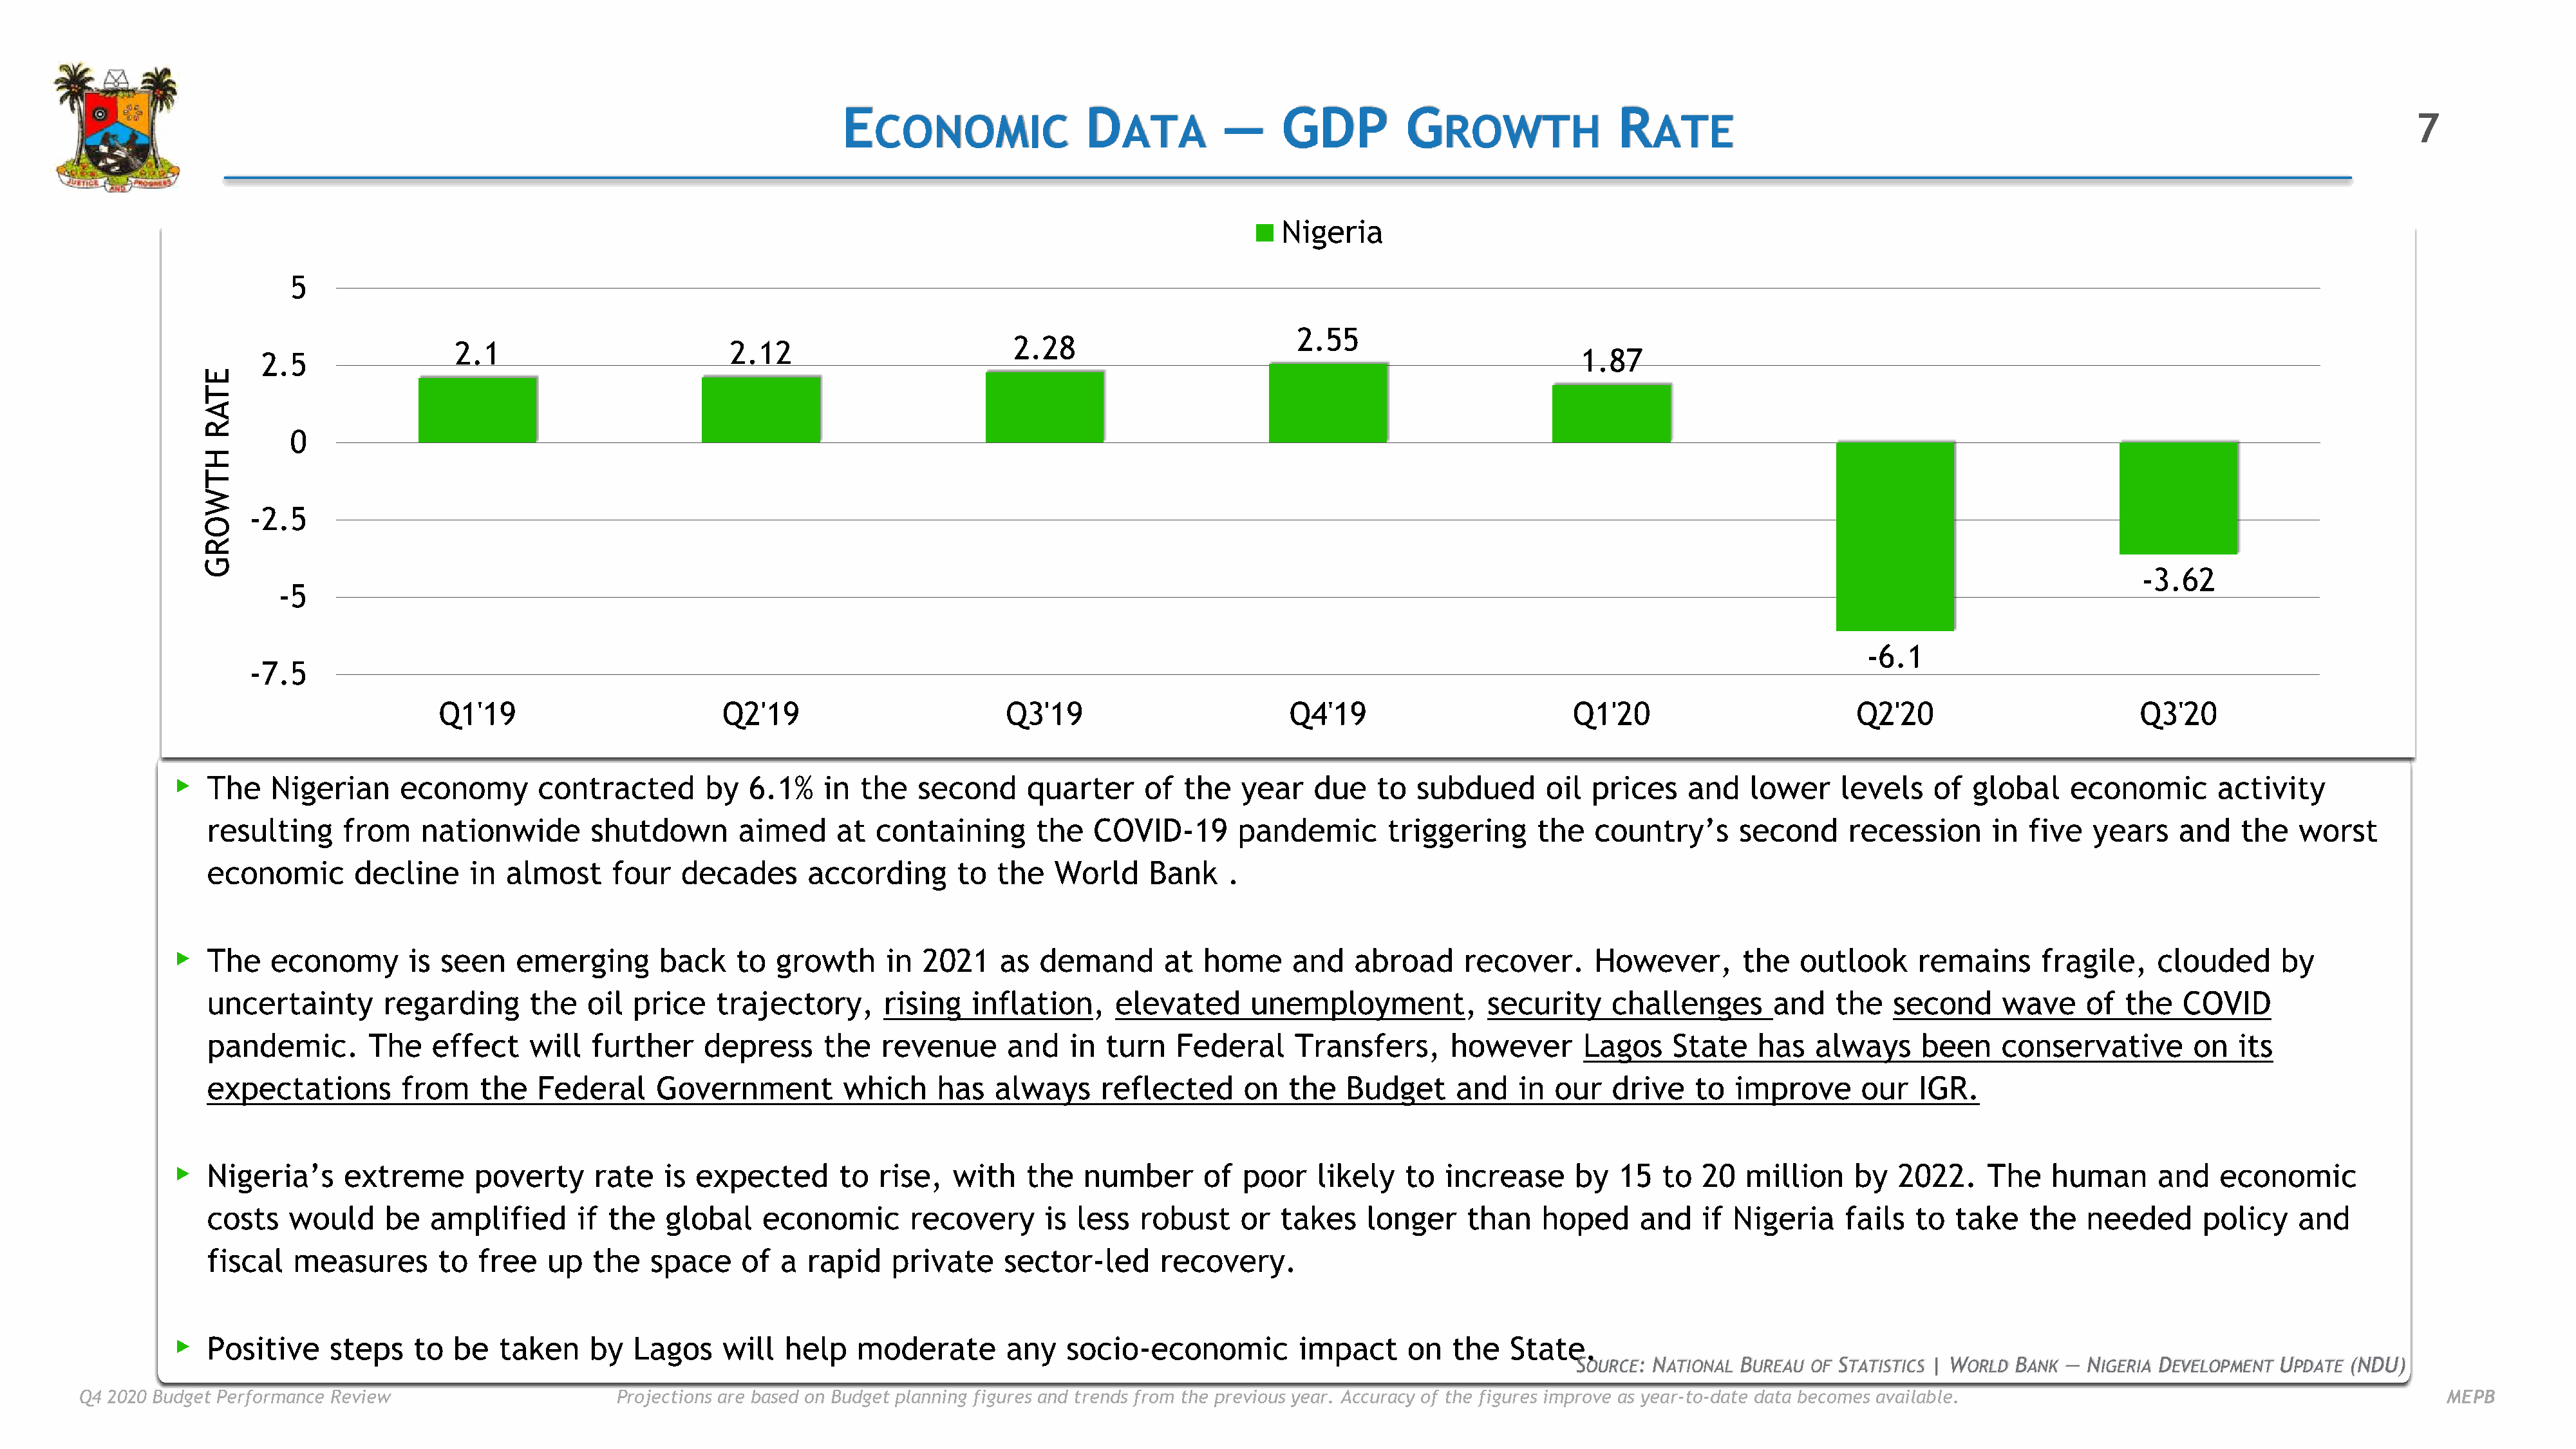
E                        D             —     GDP         G                     R
 CONOMIC                  ATA                              ROWTH                 ATE                                                                           7
 Nigeria
 5
 2.55
 2.28
 2.1                         2.12
 2.5                                                                                                                                    1.87
 E
 T
 A
 R
 0
 H
 T
 W
 -2.5
 O
 R
 G
 -3.62
 -5
 -6.1
 -7.5
 Q1'19                        Q2'19                        Q3'19                         Q4'19                        Q1'20                        Q2'20                        Q3'20
 ▸
 The    Nigerian     economy       contracted       by   6.1%    in the   second      quarter     of  the   year   due    to  subdued      oil  prices    and   lower    levels    of  global    economic       activity
 resulting     from    nationwide        shutdown       aimed     at  containing      the   COVID-19       pandemic        triggering     the   country’s      second     recession      in  five  years    and   the   worst
 economic       decline     in  almost     four   decades      according      to  the   World     Bank    .
 ▸
 The    economy       is seen    emerging       back    to  growth     in  2021    as  demand       at  home     and   abroad     recover.      However,       the   outlook     remains      fragile,    clouded     by
 uncertainty       regarding      the   oil  price    trajectory,      rising   inflation,     elevated      unemployment,           security     challenges      and    the   second     wave    of  the   COVID
 pandemic.        The   effect    will   further    depress      the   revenue      and   in  turn   Federal     Transfers,      however       Lagos    State    has   always    been     conservative       on   its
 expectations        from    the   Federal     Government          which    has   always     reflected      on  the   Budget      and   in  our   drive   to  improve      our   IGR.
 ▸
 Nigeria’s     extreme       poverty     rate   is  expected      to  rise,   with   the   number       of  poor   likely   to   increase     by  15   to  20  million     by  2022.    The    human      and   economic
 costs    would     be  amplified      if the   global    economic        recovery     is  less  robust     or  takes   longer     than   hoped      and   if Nigeria     fails  to  take    the  needed      policy    and
 fiscal   measures       to  free   up   the   space    of  a  rapid    private    sector-led      recovery.
 ▸
 Positive     steps    to  be  taken     by  Lagos    will   help   moderate       any    socio-economic         impact      on  the   State.
 SOURCE: NATIONAL BUREAU OF STATISTICS | WORLD BANK — NIGERIA DEVELOPMENT UPDATE (NDU)
 Q4 2020 Budget Performance Review                      Projections are based on Budget planning figures and trends from the previous year. Accuracy of the figures improve as year-to-date data becomes available.                                  MEPB